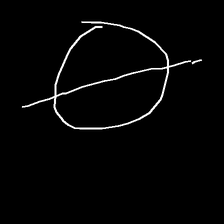
Glyph: orb